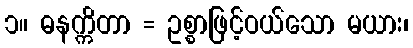
၁။ ဓနက္ကိတာ = ဥစ္စာဖြင့်ဝယ်သော မယား၊